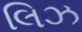
લિઝ